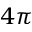
4 \pi